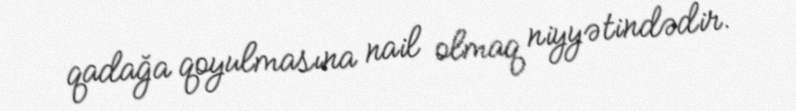
qadağa qoyulmasına nail olmaq niyyətindədir.